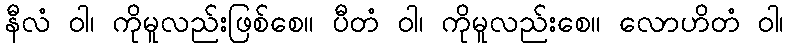
နီလံ ဝါ၊ ကိုမူလည်းဖြစ်စေ။ ပီတံ ဝါ၊ ကိုမူလည်းစေ။ လောဟိတံ ဝါ၊